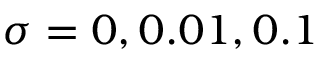
\sigma = 0 , 0 . 0 1 , 0 . 1